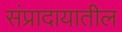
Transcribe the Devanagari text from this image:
संप्रादायातील